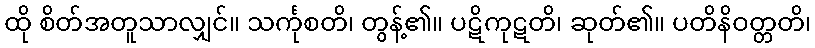
ထို စိတ်အတူသာလျှင်။ သင်္ကုစတိ၊ တွန့်၏။ ပဋိကုဋတိ၊ ဆုတ်၏။ ပတိနိဝတ္တတိ၊